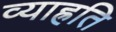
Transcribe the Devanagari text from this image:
व्याह्रति